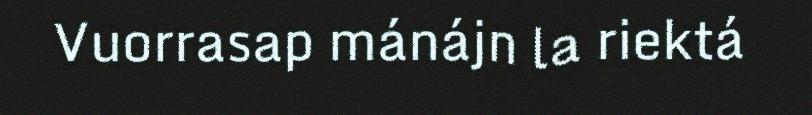
Vuorrasap mánájn la riektá